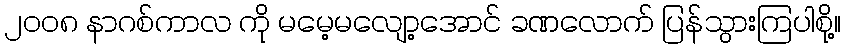
၂၀၀၈ နာဂစ်ကာလ ကို မမေ့မလျော့အောင် ခဏလောက် ပြန်သွားကြပါစို့။